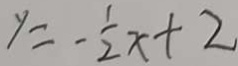
y = - \frac { 1 } { 2 } x + 2